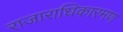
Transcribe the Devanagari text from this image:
राजाराधिकारमण